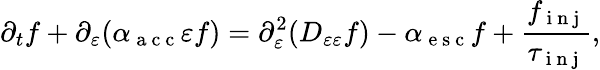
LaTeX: \partial_{t}f+\partial_{\varepsilon}(\alpha_{\mathrm{~a~c~c~}}\varepsilon f)=\partial_{\varepsilon}^{2}(D_{\varepsilon\varepsilon}f)-\alpha_{\mathrm{~e~s~c~}}f+\frac{f_{\mathrm{~i~n~j~}}}{\tau_{\mathrm{~i~n~j~}}},